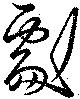
劇